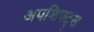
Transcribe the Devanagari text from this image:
अपशिफ्ट्स